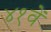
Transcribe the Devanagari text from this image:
४१वें